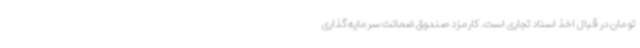
تومان در قبال اخذ اسناد تجاری است. کارمزد صندوق ضمانت سرمایه‌گذاری